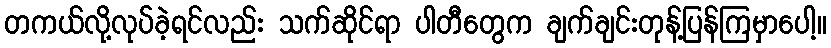
တကယ်လို့လုပ်ခဲ့ရင်လည်း သက်ဆိုင်ရာ ပါတီတွေက ချက်ချင်းတုန့်ပြန်ကြမှာပေါ့။